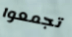
تجمعوا